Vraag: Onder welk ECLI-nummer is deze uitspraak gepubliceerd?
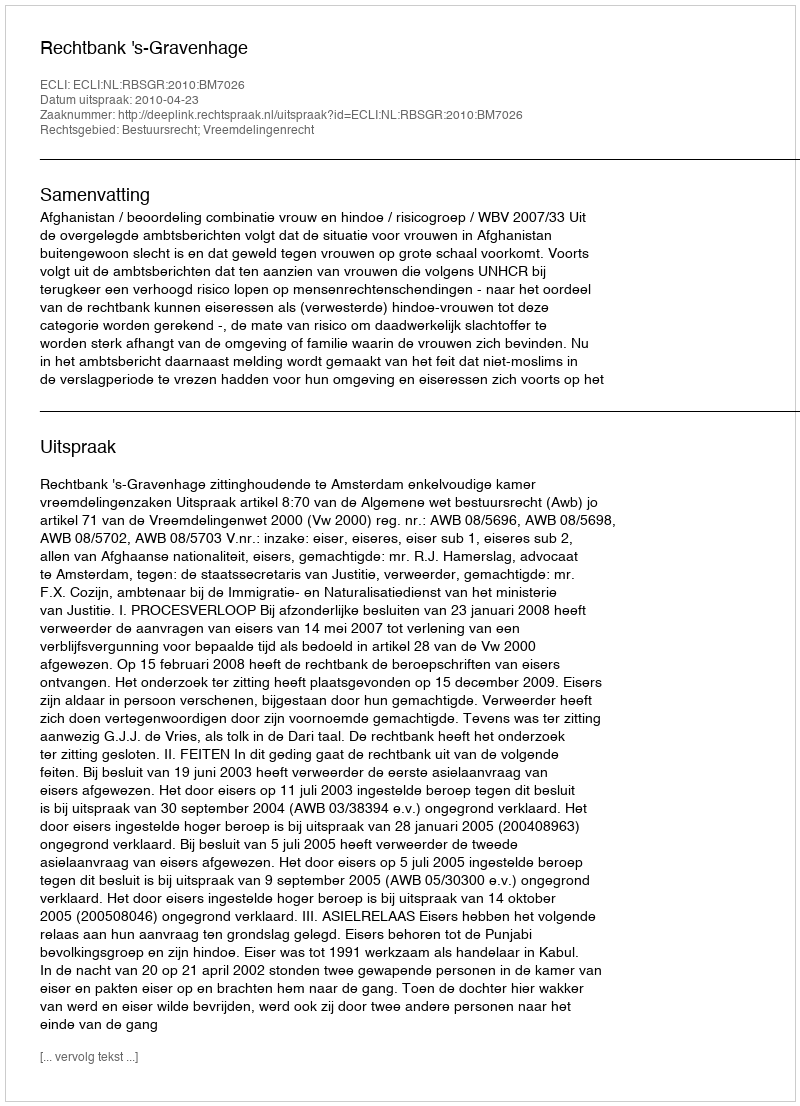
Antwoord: ECLI:NL:RBSGR:2010:BM7026